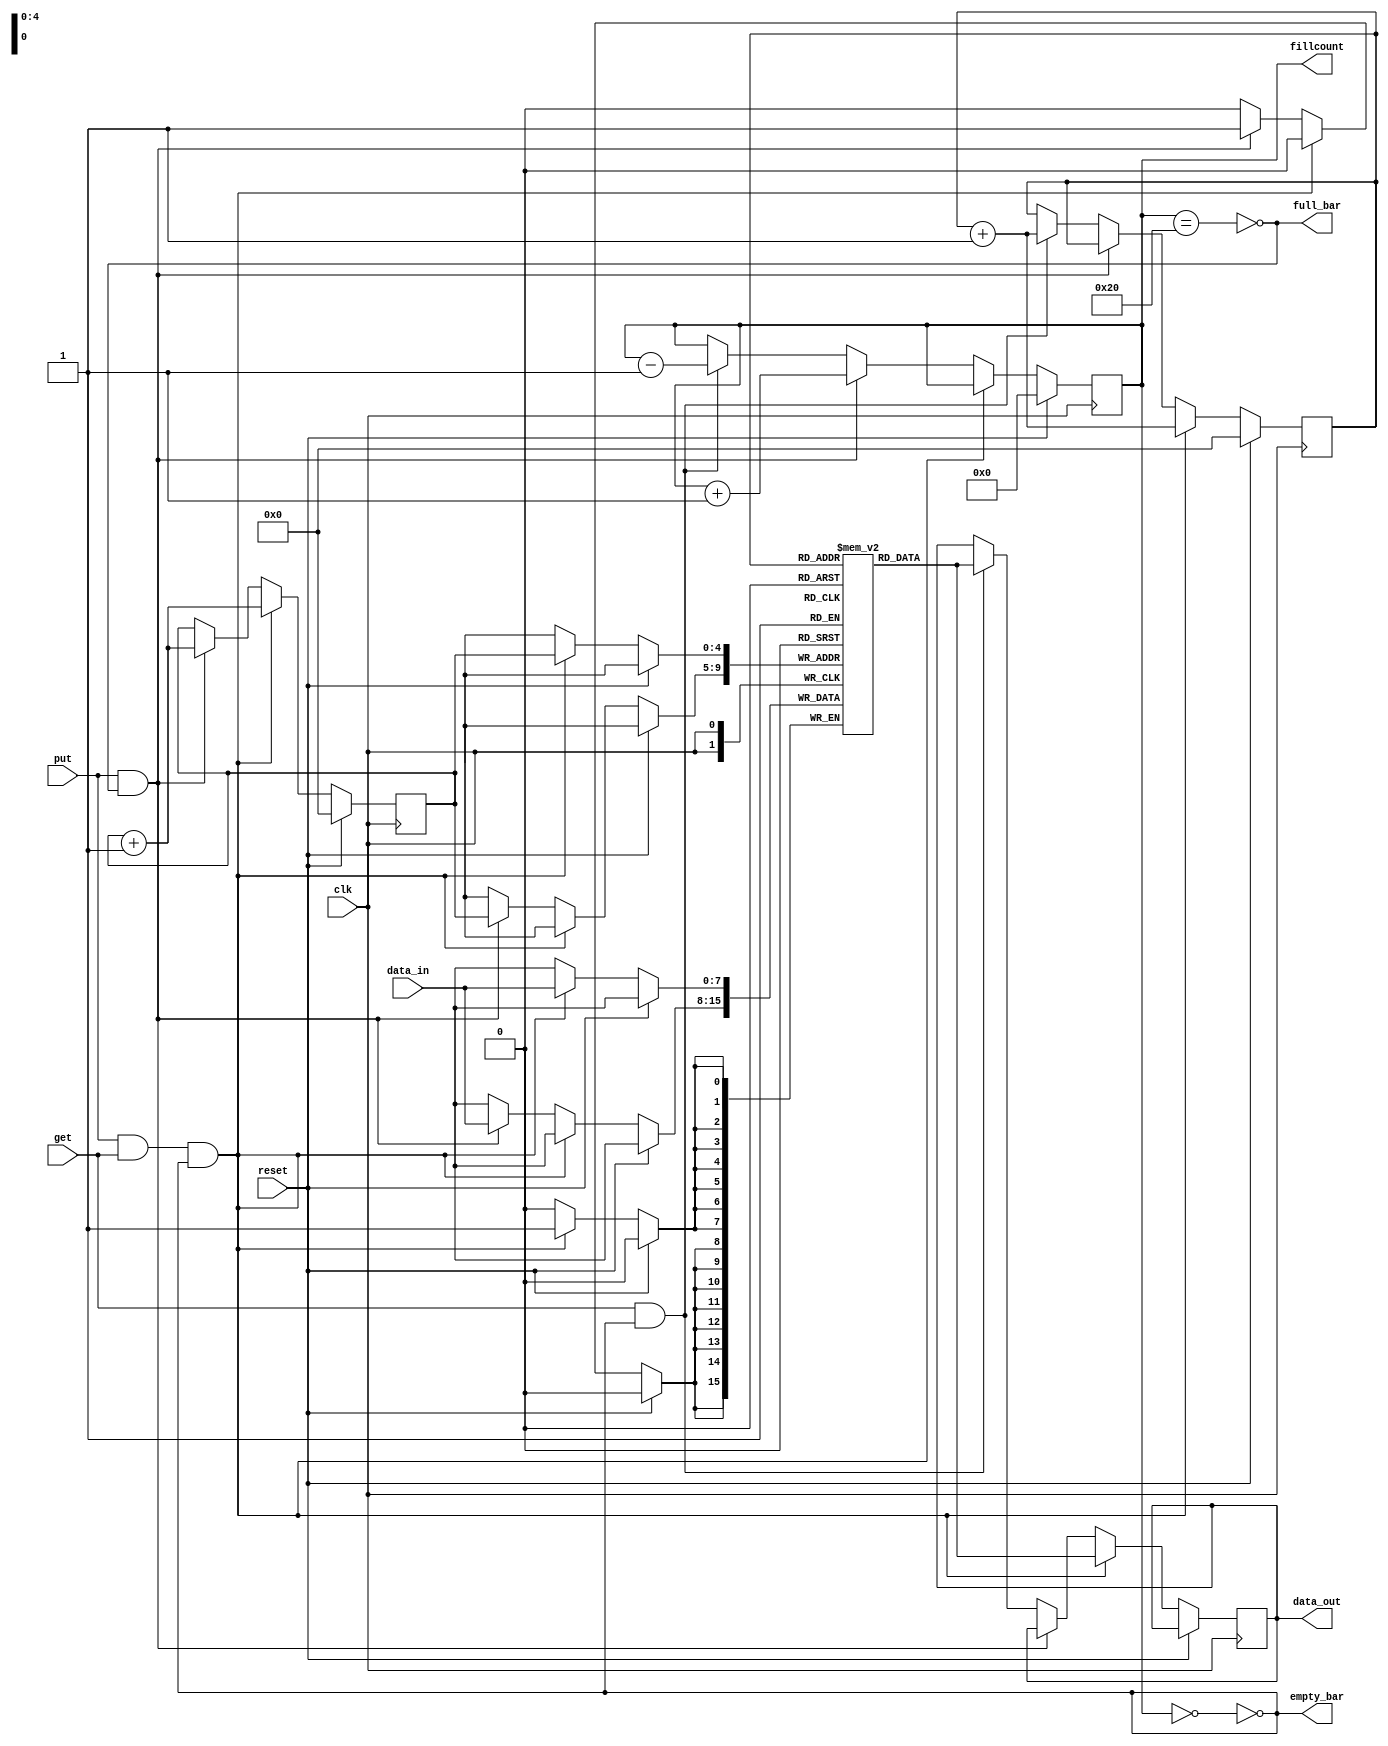
////////////////////////////////////////////////////////////////////////////////////
// FIFO single clock design
////////////////////////////////////////////////////////////////////////////////////
`timescale 1ns / 1ps
module FIFO (clk, reset, data_in, put, get, data_out, empty_bar, full_bar, fillcount);
parameter WIDTH = 8;
parameter DEPTH_P2 = 5; // 2^ DEPTH_P2;


output [WIDTH-1:0] data_out;
output empty_bar, full_bar;
output [DEPTH_P2:0] fillcount; //if it is full,we need onemore bit

input [WIDTH-1:0] data_in;
input put, get;
input reset, clk;

reg [WIDTH-1:0] data_out;
reg [DEPTH_P2:0] fillcount;

reg [WIDTH-1:0] queue [2**DEPTH_P2 -1 :0];

reg [DEPTH_P2-1 :0] rd_ptr;
reg [DEPTH_P2-1 :0] wr_ptr;

assign full_bar = !(fillcount == 2**DEPTH_P2);
assign empty_bar = !(fillcount == 0);

always @ (posedge clk)
begin
	if(reset)
	begin
		rd_ptr<=0;
		wr_ptr<=0;
		fillcount<=0;
	end
	else if(put && get && empty_bar)
	begin
		data_out<=queue[rd_ptr];
		queue[wr_ptr]<=data_in;
		rd_ptr<=rd_ptr+1;
		wr_ptr<=wr_ptr+1;
	end
	else if(put && full_bar)
	begin
		queue[wr_ptr]<=data_in;
		wr_ptr<=wr_ptr+1;
		fillcount<=fillcount+1;
	end
	else if(get && empty_bar)
	begin
		data_out<=queue[rd_ptr];
		rd_ptr<=rd_ptr+1;
		fillcount<=fillcount-1;
	end
	else
	begin
		rd_ptr<=rd_ptr;
		wr_ptr<=wr_ptr;
		fillcount<=fillcount;
	end
end
endmodule